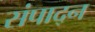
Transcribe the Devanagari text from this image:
संपाद्न